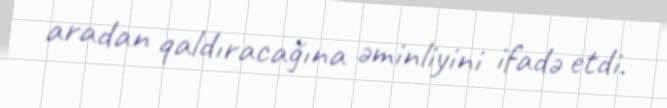
aradan qaldıracağına əminliyini ifadə etdi.